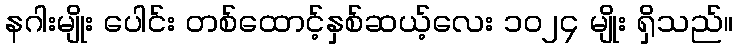
နဂါးမျိုး ပေါင်း တစ်ထောင့်နှစ်ဆယ့်လေး ၁၀၂၄ မျိုး ရှိသည်။